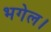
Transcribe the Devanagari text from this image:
भगेल।